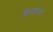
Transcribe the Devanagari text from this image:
क्लाइपेडा